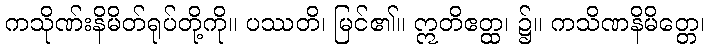
ကသိုဏ်းနိမိတ်ရုပ်တို့ကို။ ပဿတိ၊ မြင်၏။ ဣတိဧတ္ထ၊ ၌။ ကသိဏနိမိတ္တေ၊